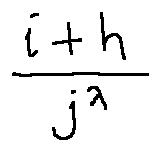
\frac { i + h } { j ^ { \lambda } }